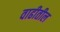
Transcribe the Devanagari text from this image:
वाढीतील